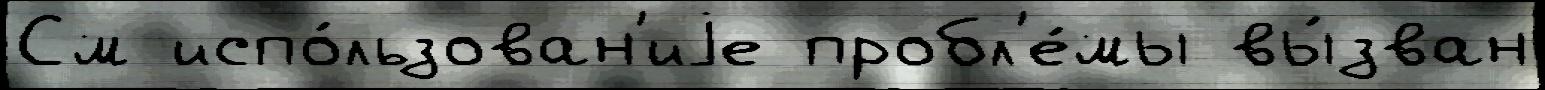
См испо́льзован'иjе пробл'е́мы вы́зван